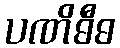
ပဏိဓီဓ